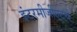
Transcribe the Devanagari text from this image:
इंटरमीजीएटचे